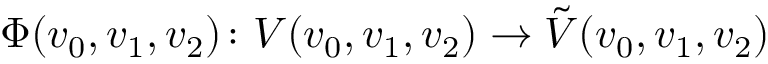
\Phi ( v _ { 0 } , v _ { 1 } , v _ { 2 } ) \colon V ( v _ { 0 } , v _ { 1 } , v _ { 2 } ) \to \tilde { V } ( v _ { 0 } , v _ { 1 } , v _ { 2 } )